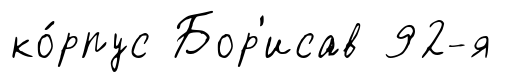
ко́рпус Бор'исав 92-я